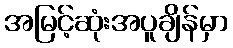
အမြင့်ဆုံးအပူချိန်မှာ